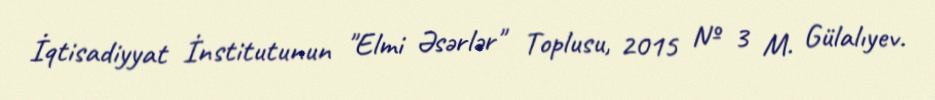
İqtisadiyyat İnstitutunun "Elmi Əsərlər" Toplusu, 2015 № 3 M. Gülalıyev.